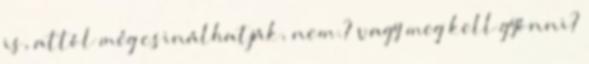
is, attól még csinálhatják, nem.? vagy meg kell gyónni?